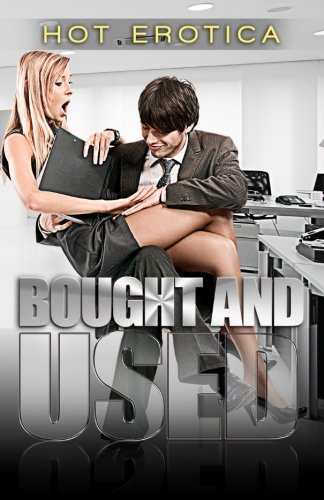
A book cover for Bought And Used: Hot Erotica; Just Plain Bob; Romance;